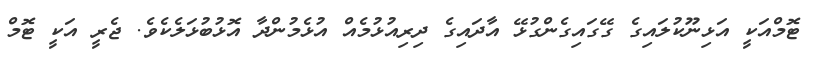
ޓޮމްއަކީ އަޅިނޫކުލައިގެ ގޭގައިގެންގުޅޭ އާދައިގެ ދިރިއުޅުމެއް އުޅެމުންދާ އޮޅުބުޅަލެކެވެ. ޖެރީ އަކީ ޓޮމް